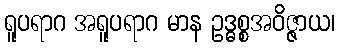
ရူပရာဂ အရူပရာဂ မာန ဥဒ္ဓစ္စအဝိဇ္ဇာယ၊